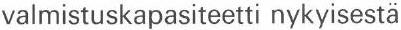
valmistuskapasiteetti nykyisestä